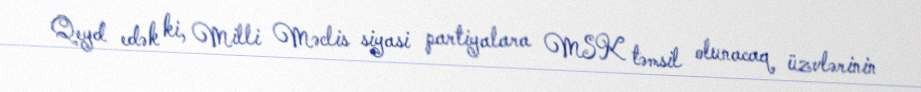
Qeyd edək ki, Milli Məclis siyasi partiyalara MSK təmsil olunacaq üzvlərinin